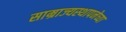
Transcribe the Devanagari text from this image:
साम्राज्यस्थापनेच्या